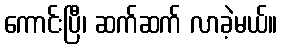
ကောင်းပြီ၊ ဆက်ဆက် လာခဲ့မယ်။